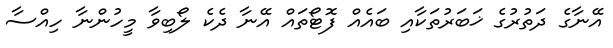
އޭނާގެ ދަތުރުގެ ޚަބަރުތަކާއި ބައެއް ފޮޓޯތައް އޭނާ ދެކެ ލޯބިވާ މީހުންނާ ހިއްސާ